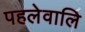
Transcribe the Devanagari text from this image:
पहलेवालि